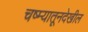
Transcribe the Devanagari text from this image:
चष्म्यातूनदेखील